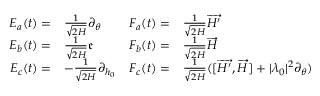
\begin{array} { r l r l } { E _ { a } ( t ) = } & { \frac { 1 } { \sqrt { 2 H } } \partial _ { \theta } } & { F _ { a } ( t ) = } & { \frac { 1 } { \sqrt { 2 H } } \overrightarrow { H ^ { \prime } } } \\ { E _ { b } ( t ) = } & { \frac { 1 } { \sqrt { 2 H } } \mathfrak { e } } & { F _ { b } ( t ) = } & { \frac { 1 } { \sqrt { 2 H } } \overrightarrow { H } } \\ { E _ { c } ( t ) = } & { - \frac { 1 } { \sqrt { 2 H } } \partial _ { h _ { 0 } } } & { F _ { c } ( t ) = } & { \frac { 1 } { \sqrt { 2 H } } ( [ \overrightarrow { H ^ { \prime } } , \overrightarrow { H } ] + | \lambda _ { 0 } | ^ { 2 } \partial _ { \theta } ) } \end{array}